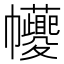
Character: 𢆆